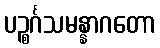
ပဉ္စင်္ဂသမန္နာဂတော